Report of the Municipal Commissioner on the plague in Bombay for the year ending 31st May... - Volume 1
Disease focus: Plague
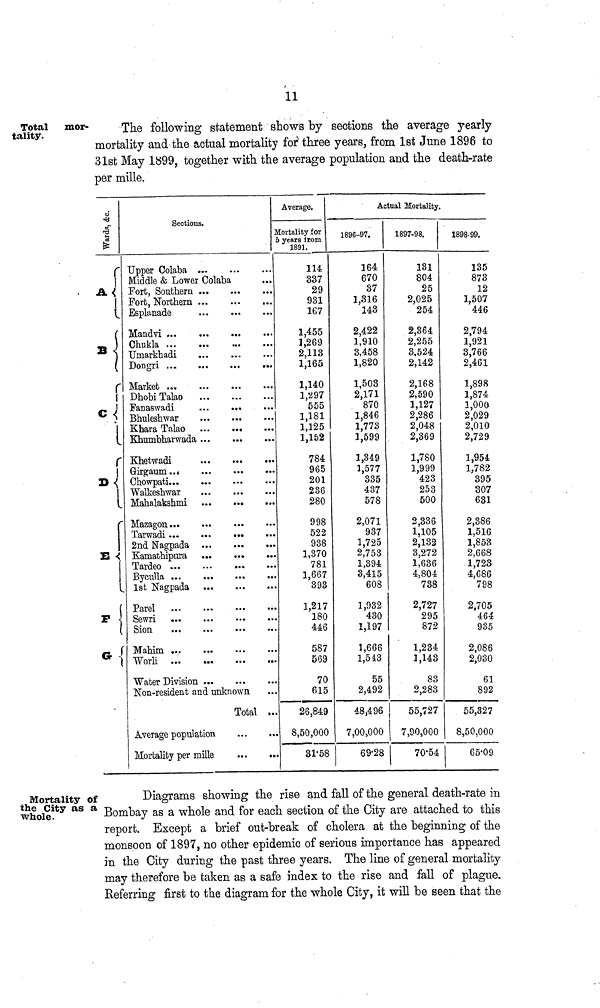
11
Total mor-
tality.
The following statement shows by sections the average yearly
mortality and the actual mortality for three years, from 1st June 1896 to
31st May 1899, together with the average population and the death-rate
per mille.
Wards, & c.
A
D
E
F
g
c
c
Sectio
Upper Colaba
us.
Middle & Lower Colaba
Fort, Southern
Fort, Northern
Esplanade
Ghukla ...
Umarkhadi
Market ...
Dhobi Talao
Fanaswadi
Bhuleshwar
Khara Talao
Khumbharwada
Khetwadi
Girgaum...
Chowpati...
Walkesbwar
Mahalakshmi
2nd Nagpada
Kamathipura
1st Nagpada
Parel
...
Sewri
Sion
Worli ...
Water Division
• ••
...
...
• ••
...
...
...
...
...
...
...
• • •
...
...
...
• ••
...
...
...
...
...
...
».»
...
•••
•••
...
...
...
...
...
...
...
Non-resident and unknown
Average population
Mortality per mille
Total
...
...
]
• ••
...
• • »
...
...
...
...
...
...
...
•«•
•••
...
•••
...
•••
...
• •a
...
...
...
...
Average.
Mortality for
5 years irom
1891.
114
337
29
931
167
1,455
3,269
2,113
1,165
1,140
1,297
555
1,181
1,125
1,152
784
965
201
236
280
998
522
938
1,370
781
1,667
393
1,217
180
446
587
569
70
615
26,849
8,50,000
31-58
Actual Mortality.
1 RQfi-97
JLOft7U «/i .
164
670
37
1,316
143
2,422
1,910
3,458
1,820
1,503
2,171
870
1,846
1,773
1,599
1,349
1,577
335
437
578
2,071
937
1,725
2,753
1,394
3,415
608
1,932
430
1,197
1,666
1,543
55
2,492
48,496
7,00,000
69-28
1897-98.
131
804
25
2,025
254
2,364
2,255
3,524
2,142
2,168
2,590
1,127
2,286
2,048
2,369
1,780
1,999
423
253
500
2,336
1,105
2,132
3,272
1,636
4,804
738
2,727
295
872
1,234
1,143
83
2,283
|
55,727
7,90,000
70-54
1QQO QO
ioyo-yy.
135
873
12
1,507
446
2,794
1,921
3,766
2,461
1,898
1,874
1,000
2,029
2,010
2,729
1,954
1,782
395
307
631
2,386
1,516
1,853
2,668
1,723
4,686
798
2,705
464
935
2,086
2,030
61
892
55,327
8,50,000
65-09
Mortality of
the City as a
whole.
Diagrams showing the rise and fall of the general death-rate in
Bombay as a whole and for each section of the City are attached to this
report. Except a brief out-break of cholera at the beginning of the
monsoon of 1897, no other epidemic of serious importance has appeared
in the City during the past three years. The line of general mortality
may therefore be taken as a safe index to the rise and fall of plague.
Referring first to the diagram for the whole City, it will be seen that the